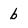
Character: b